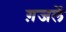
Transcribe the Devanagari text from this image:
ग़जलें